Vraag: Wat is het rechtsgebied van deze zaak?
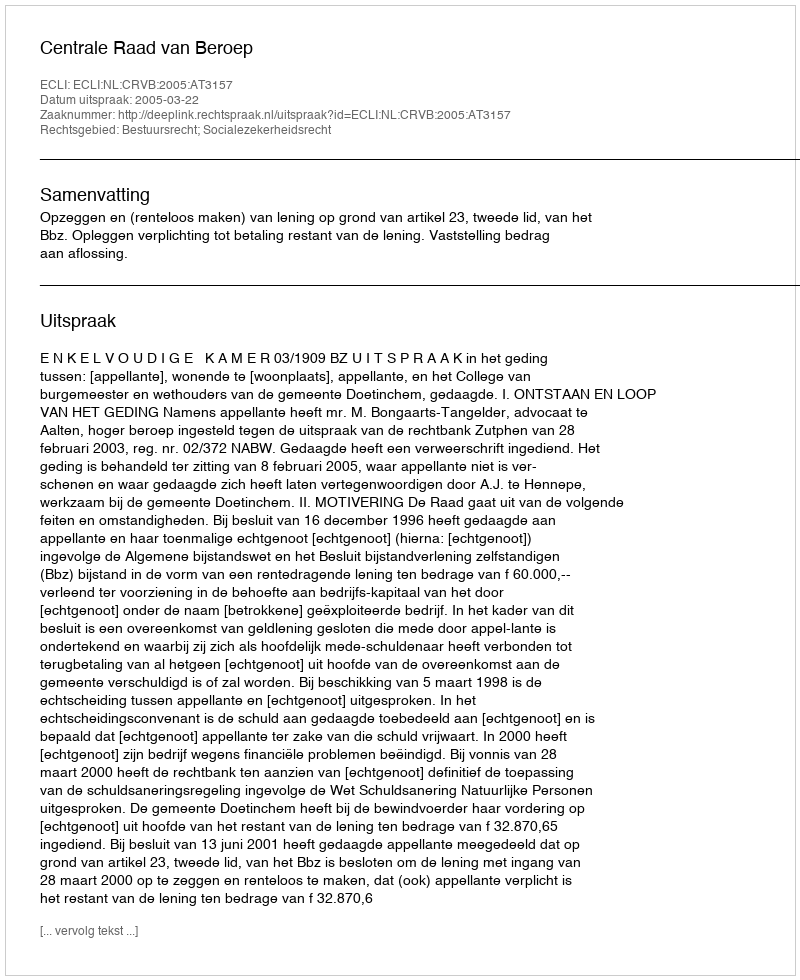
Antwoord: Bestuursrecht; Socialezekerheidsrecht